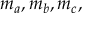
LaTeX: m _ { a } , m _ { b } , m _ { c } ,